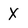
Character: X